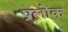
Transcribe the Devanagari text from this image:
प्रलोक